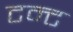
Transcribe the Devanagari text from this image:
टन्ट